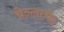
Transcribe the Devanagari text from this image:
चेन्लाचा